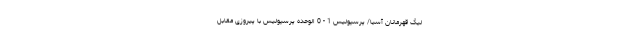
لیگ قهرمانان آسیا/ پرسپولیس 1 - 0 الوحده پرسپولیس با پیروزی مقابل